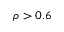
\rho > 0 . 6